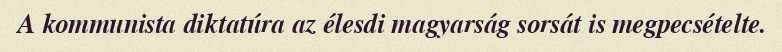
A kommunista diktatúra az élesdi magyarság sorsát is megpecsételte.